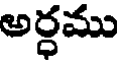
అర్ధము